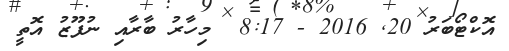
އޮކްޓޯބަރު 20